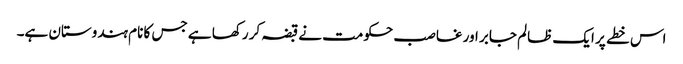
اس خطے پر ایک ظالم جابر اور غاصب حکومت نے قبضہ کر رکھا ہے جس کا نام ہندوستان ہے۔